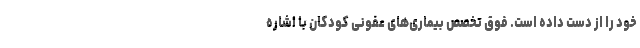
خود را از دست داده است. فوق تخصص بیماری‌های عفونی کودکان با اشاره